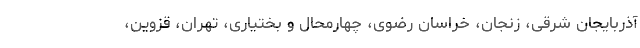
آذربایجان شرقی، زنجان، خراسان رضوی، چهارمحال و بختیاری، تهران، قزوین،